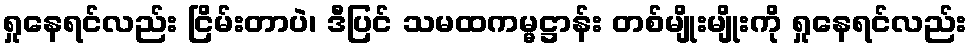
ရှုနေရင်လည်း ငြိမ်းတာပဲ၊ ဒီပြင် သမထကမ္မဋ္ဌာန်း တစ်မျိုးမျိုးကို ရှုနေရင်လည်း